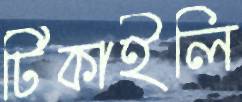
টিকাইলি